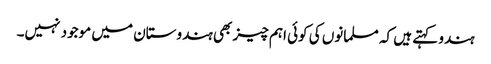
ہندو کہتے ہیں کہ مسلمانوں کی کوئی اہم چیز بھی ہندوستان میں موجود نہیں۔